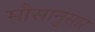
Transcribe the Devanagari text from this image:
मौसानुसार